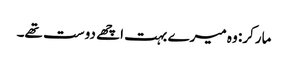
مارکر: وہ میرے بہت اچھے دوست تھے۔